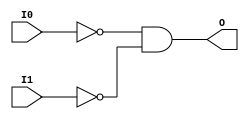
// $Header: /devl/xcs/repo/env/Databases/CAEInterfaces/xec_libs/data/unisims/AND2B2.v,v 1.1 2005/05/10 01:20:03 wloo Exp $

/*

FUNCTION	: 2-INPUT AND GATE

*/

`celldefine
`timescale  100 ps / 10 ps

module AND2B2 (O, I0, I1);

    output O;

    input  I0, I1;

    not N1 (i1_inv, I1);
    not N0 (i0_inv, I0);
    and A1 (O, i0_inv, i1_inv);

endmodule